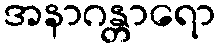
အနာဂန္တာရော